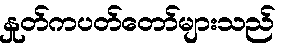
နှုတ်ကပတ်တော်များသည်